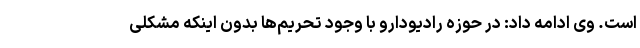
است. وی ادامه داد: در حوزه رادیودارو با وجود تحریم‌ها بدون اینکه مشکلی